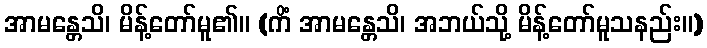
အာမန္တေသိ၊ မိန့်တော်မူ၏။ (ကိံ အာမန္တေသိ၊ အဘယ်သို့ မိန့်တော်မူသနည်း။)